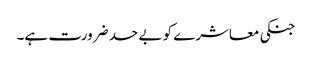
جنکی معاشرے کو بے حد ضرورت ہے۔